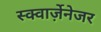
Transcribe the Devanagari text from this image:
स्क्वार्ज़ेनेजर